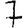
Digit: 7